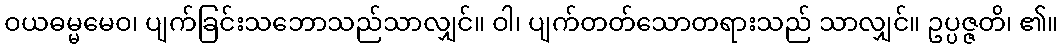
ဝယဓမ္မမေဝ၊ ပျက်ခြင်းသဘောသည်သာလျှင်။ ဝါ၊ ပျက်တတ်သောတရားသည် သာလျှင်။ ဥပ္ပဇ္ဇတိ၊ ၏။